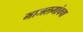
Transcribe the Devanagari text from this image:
माजलगांवचा